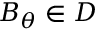
B _ { \theta } \in D